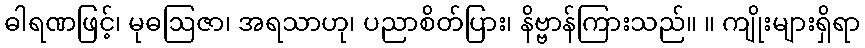
ဓါရဏဖြင့်၊ မုဓဩဇာ၊ အရသာဟု၊ ပညာစိတ်ပြား၊ နိဗ္ဗာန်ကြားသည်။ ။ ကျိုးများရှိရာ